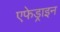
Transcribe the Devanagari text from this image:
एफेड्राइन